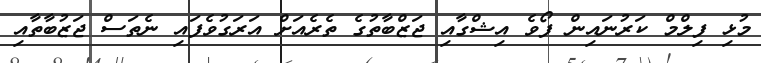
މުޅި ފިލްމް ކަރުނައިން ފޯވެ އިޝްގާއި ޖަޒްބާތުގެ ތެރެއަށް އަރަގުވެފައި ނެތަސް ޖަޒުބާތާއި